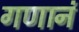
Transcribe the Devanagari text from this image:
गणानं